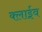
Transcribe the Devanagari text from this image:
क्लाईव